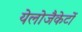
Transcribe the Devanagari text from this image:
येलोजैकेटों